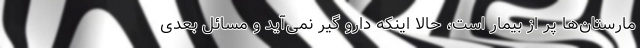
مارستان‌ها پر از بیمار است، حالا اینکه دارو گیر نمی‌‌آید و مسائل بعدی